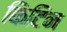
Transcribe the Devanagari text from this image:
किटिन